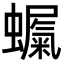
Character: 𮕇